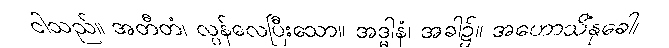
ငါသည်။ အတီတံ၊ လွန်လေပြီးသော။ အဒ္ဓါနံ၊ အခါ၌။ အဟောသိံနုခေါ၊